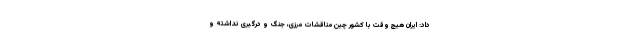
داد: ایران هیچ وقت با کشور چین مناقشات مرزی، جنگ و درگیری نداشته و